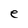
Character: e